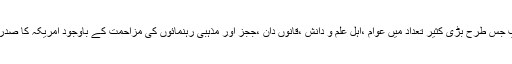
کیونکہ ٹرمپ جس طرح بڑی کثیر تعداد میں عوام ،اہل علم و دانش ،قانوں دان ،ججز اور مذہبی رہنمائوں کی مزاحمت کے باوجود امریکہ کا صدر بن گیا ہے ۔